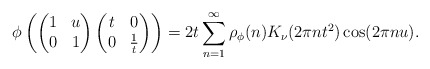
\begin{align*} \phi\left(\begin{pmatrix} 1&u\\0&1\end{pmatrix} \begin{pmatrix} t &0\\0 & \frac{1}{t}\end{pmatrix} \right) = 2t \sum_{n=1}^\infty \rho_\phi(n) K_{\nu}(2\pi nt^2) \cos(2\pi nu).\end{align*}